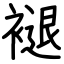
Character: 褪